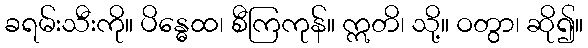
ခရမ်းသီးကို။ ပိန္ဓေထ၊ စီကြကုန်။ ဣတိ၊ သို့။ ဝတွာ၊ ဆို၍။